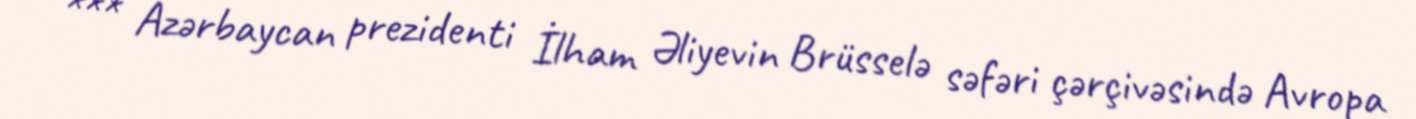
*** Azərbaycan prezidenti İlham Əliyevin Brüsselə səfəri çərçivəsində Avropa